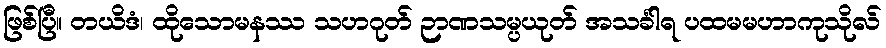
ဖြစ်ပြီ။ တယိဒံ၊ ထိုသောမနဿ သဟဂုတ် ဉာဏသမ္ပယုတ် အသင်္ခါရ ပထမမဟာကုသိုလ်